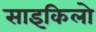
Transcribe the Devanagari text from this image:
साइकिलो